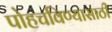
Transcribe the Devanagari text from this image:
पोहचविण्यासाठी